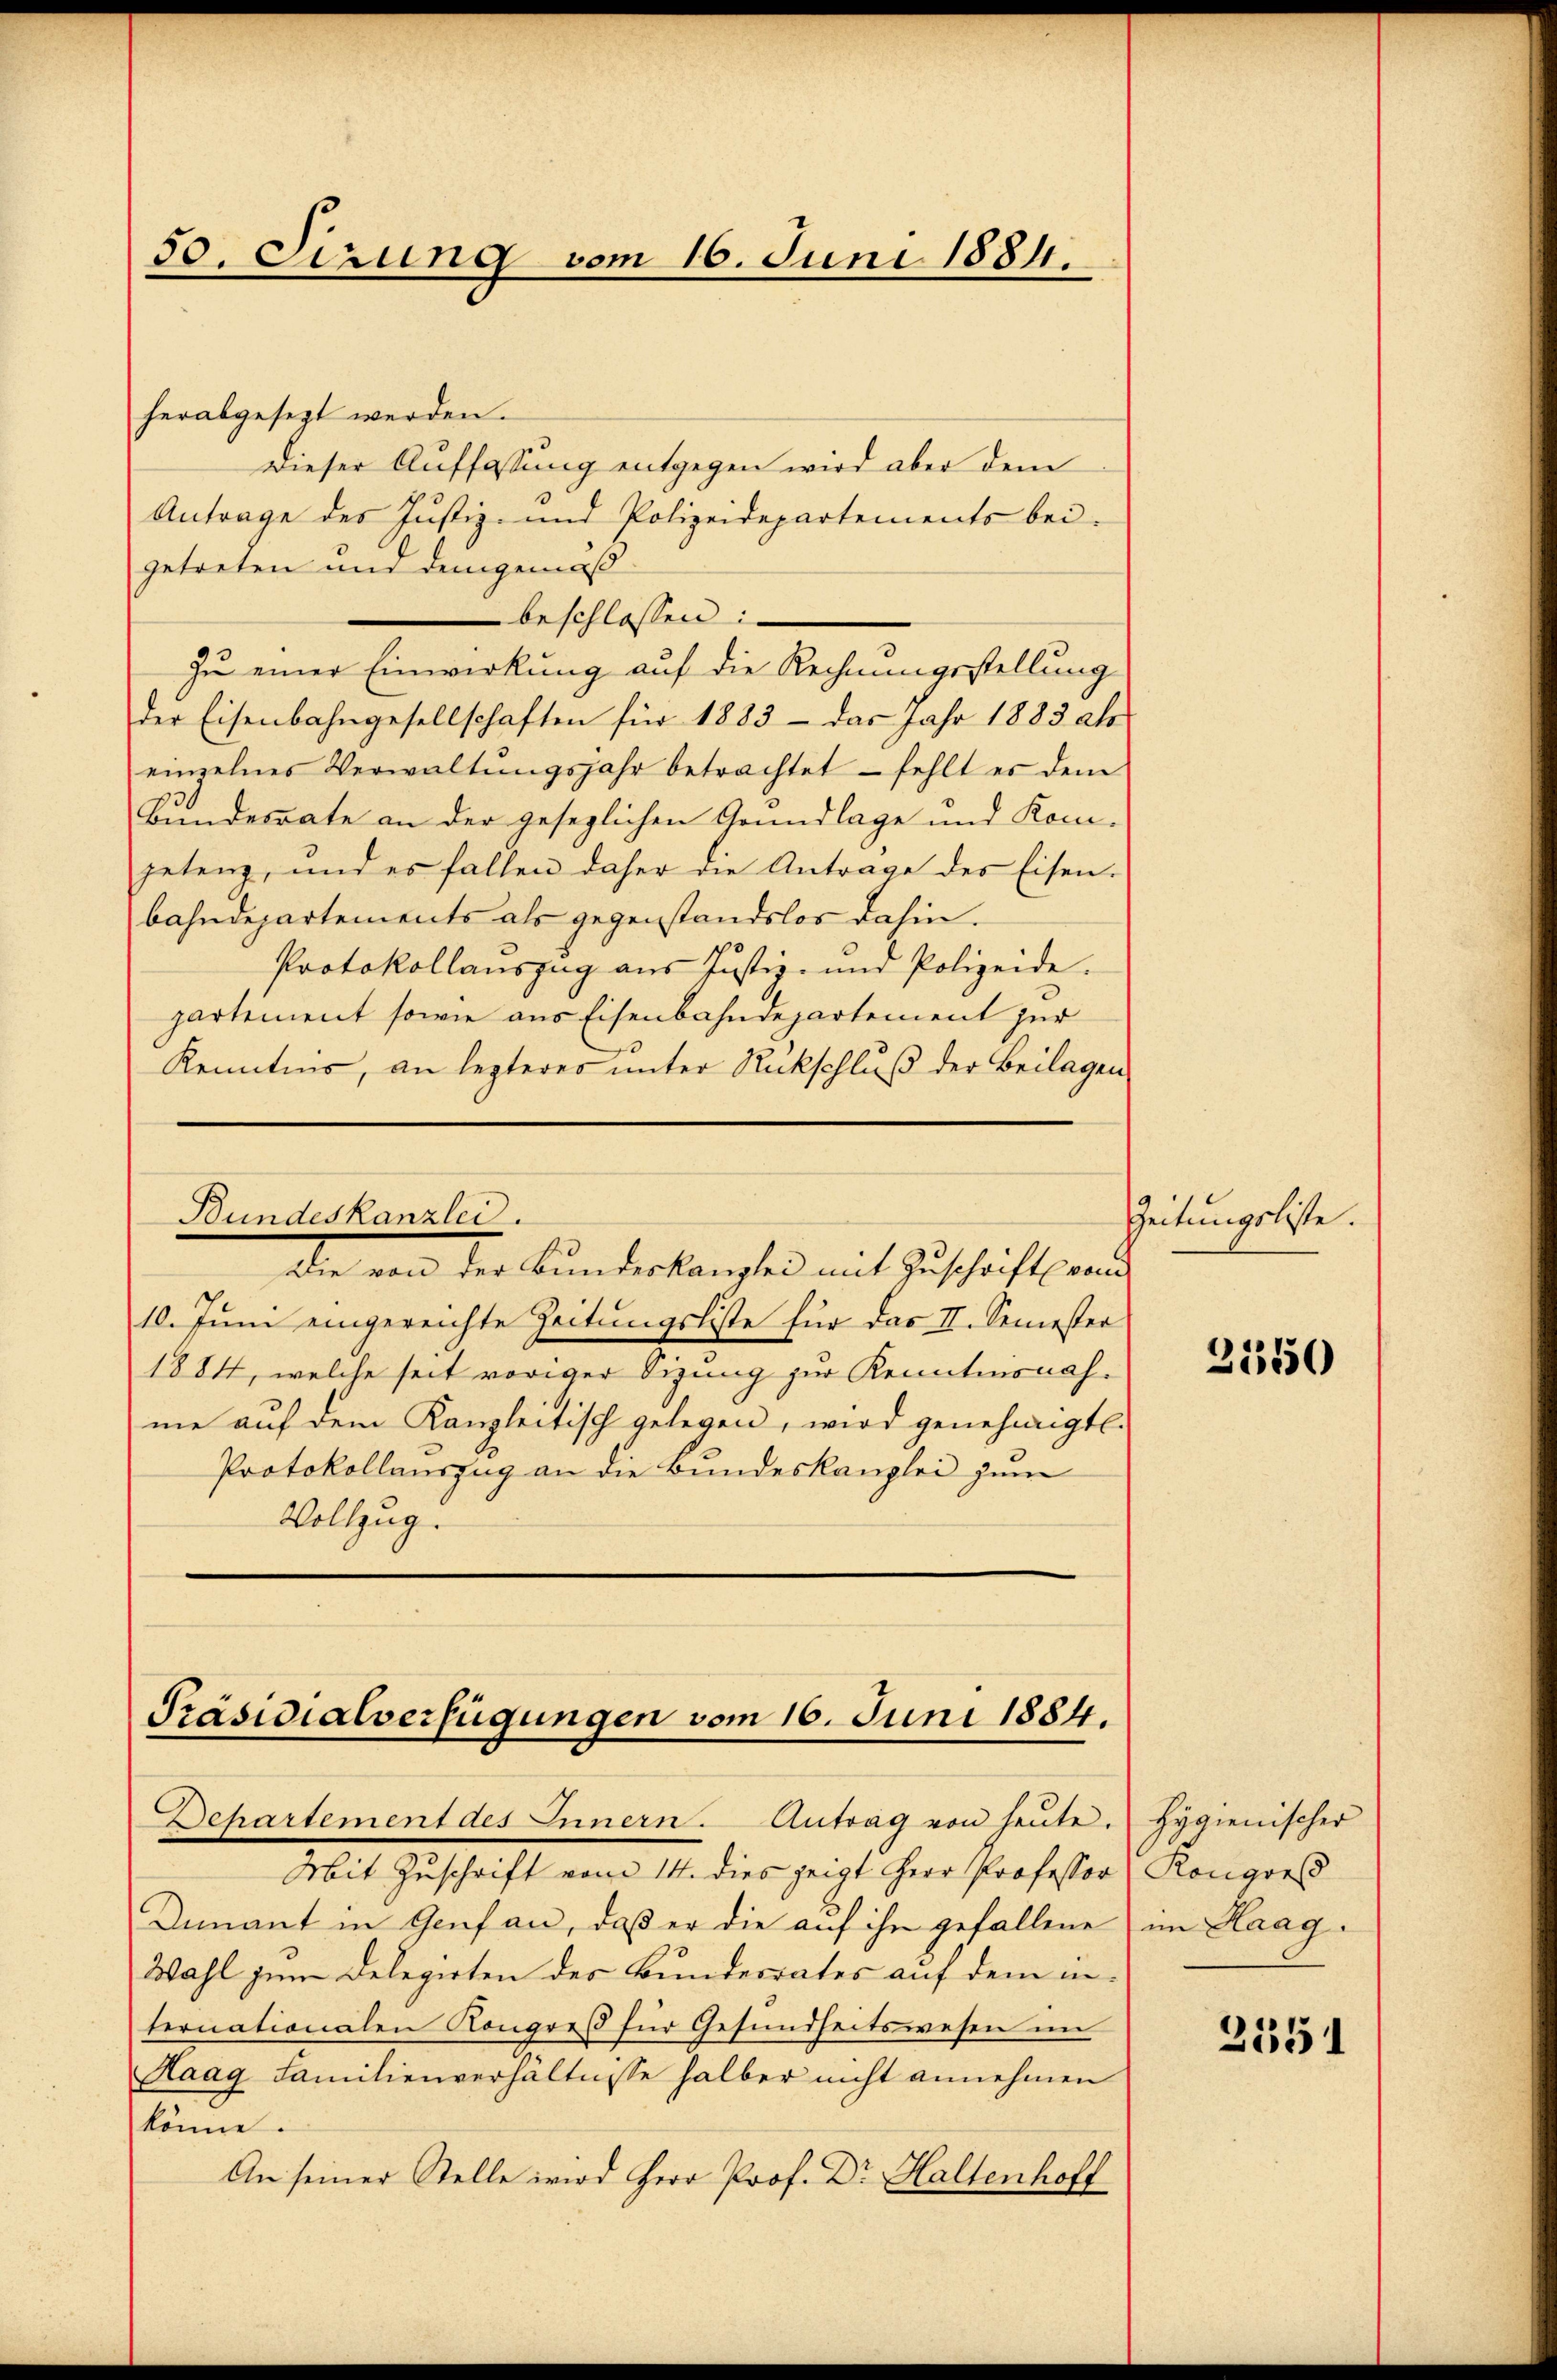
50. Sizung vom 16. Juni 1884.

herabgesezt werden.
Dieser Auffassung entgegen wird aber dem
Antrage des Justiz- und Polizeidepartements bei-
getreten und demgemäß
beschlossen:
zu einer Einwirkung auf die Rechnungsstellung
der Eisenbahngesellschaften für 1883 — das Jahr 1883 als
einzelnes Verwaltŭngsjahr betrachtet – fehlt es dem
Bundesrate an der gesezlichen Grundlage und Kompetenz, und es fallen daher die Antrage des Eisen.
bahndepartements als gegenstandslos dahin.
Protokollauszug aus Justiz- und Polizeide.
partement sowie aus Eisenbahndepartement zur
Kenntnis, an lezteres unter Rückschluß der Beilagen

Bundeskanzlei.
die von des Bunderlangten mit Zuschrift and

10. Juni eingereichte Zeitungsliste für das II. Semester
1884, welche seit voriger Sizung zur Kenntnisnahne auf dem Kanzleitisch gelegen, wird genehmigt.
Protokollauszug an die Bundeskanzlei zum
Vollzug.

Präsidialverfügungen vom 16. Juni 1884.

Dehartement des Innern. Antrag von heute.
Mit Zuschaft eine 12. dies zeigt ihrer Profester, Königers
Dnnant in Genf an, daß er die auf ihn gefallene im Haag¬
Wahl zum Delegirten des Bundesrates auf dem internationalen Kongreß für Gesundheitswesen im
Kaag Familienverhältnisse halber nicht annehmen
könne.
An seiner Stelle wird Herr Prof. Dr Haltenhoff

Zeitungsliste.

3550

Hygienischer

2551